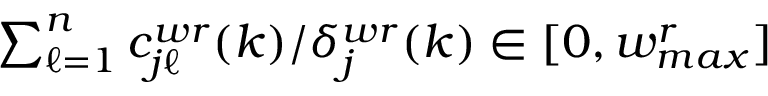
{ \textstyle \sum _ { \ell = 1 } ^ { n } c _ { j \ell } ^ { w r } ( k ) } / { \delta _ { j } ^ { w r } ( k ) } \in [ 0 , w _ { m a x } ^ { r } ]